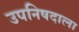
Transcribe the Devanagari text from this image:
उपनिषदाला